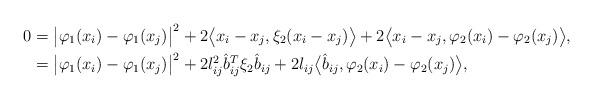
LaTeX: \begin{align*}0&=\big|\varphi_1(x_i) - \varphi_1(x_j)\big|^2 + 2\big\langle x_i - x_j, \xi_2 (x_i - x_j)\big\rangle + 2\big\langle x_i - x_j, \varphi_2(x_i) - \varphi_2(x_j)\big\rangle, \\&= \big|\varphi_1(x_i) - \varphi_1(x_j)\big|^2 + 2l_{ij}^2 \hat{b}_{ij}^T\xi_2 \hat{b}_{ij} + 2 l_{ij} \big\langle \hat{b}_{ij}, \varphi_2(x_i) - \varphi_2(x_j)\big\rangle, \end{align*}